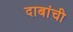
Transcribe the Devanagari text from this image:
दाबांची